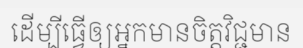
ដើម្បីធ្វើឲ្យអ្នកមានចិត្តវិជ្ជមាន